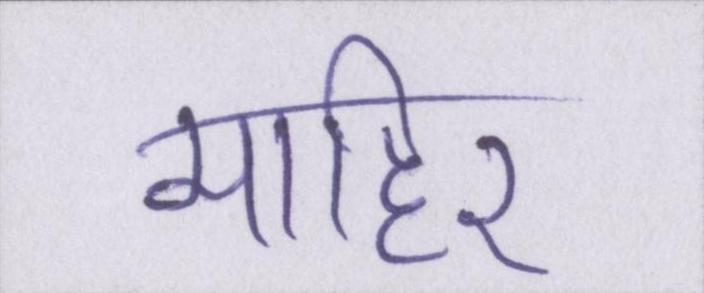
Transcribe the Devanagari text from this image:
माहिर